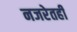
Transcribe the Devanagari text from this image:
नजरेतही